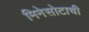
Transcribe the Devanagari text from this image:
मिनेसोटाची